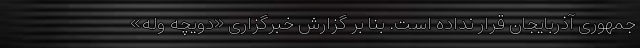
جمهوری آذربایجان قرار نداده است. بنا بر گزارش خبرگزاری «دویچه وله»